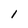
Character: 1